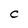
Character: c